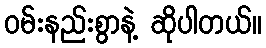
ဝမ်းနည်းစွာနဲ့ ဆိုပါတယ်။